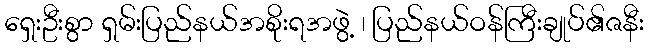
ရှေးဦးစွာ ရှမ်းပြည်နယ်အစိုးရအဖွဲ့ ၊ ပြည်နယ်ဝန်ကြီးချုပ်၏ဇနီး